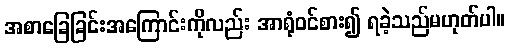
အစာခြေခြင်းအကြောင်းကိုလည်း အာရုံဝင်စား၍ ရခဲ့သည်မဟုတ်ပါ။